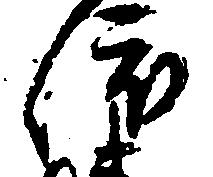
依